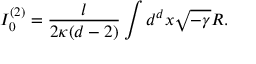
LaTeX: I _ { 0 } ^ { ( 2 ) } = \frac { l } { 2 \kappa ( d - 2 ) } \int d ^ { d } x \sqrt { - \gamma } R .